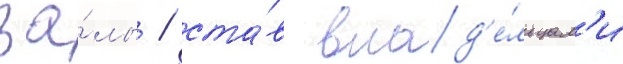
за́лы / ста́в влад'е́льцам'и